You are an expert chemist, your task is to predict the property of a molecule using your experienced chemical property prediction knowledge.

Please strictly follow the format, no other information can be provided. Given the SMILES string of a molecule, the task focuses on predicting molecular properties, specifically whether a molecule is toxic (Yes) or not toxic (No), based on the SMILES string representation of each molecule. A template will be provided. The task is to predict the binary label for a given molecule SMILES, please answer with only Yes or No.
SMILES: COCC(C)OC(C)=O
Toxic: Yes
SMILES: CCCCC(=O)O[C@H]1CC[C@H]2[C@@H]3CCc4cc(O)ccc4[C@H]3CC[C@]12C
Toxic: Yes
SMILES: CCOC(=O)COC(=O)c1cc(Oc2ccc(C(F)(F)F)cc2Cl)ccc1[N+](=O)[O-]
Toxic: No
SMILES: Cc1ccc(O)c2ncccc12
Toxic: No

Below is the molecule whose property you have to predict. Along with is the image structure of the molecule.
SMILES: CC1CCC2CC1C2(C)C
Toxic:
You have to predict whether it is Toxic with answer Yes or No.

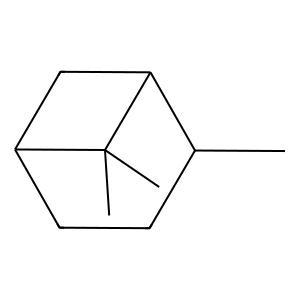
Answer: No